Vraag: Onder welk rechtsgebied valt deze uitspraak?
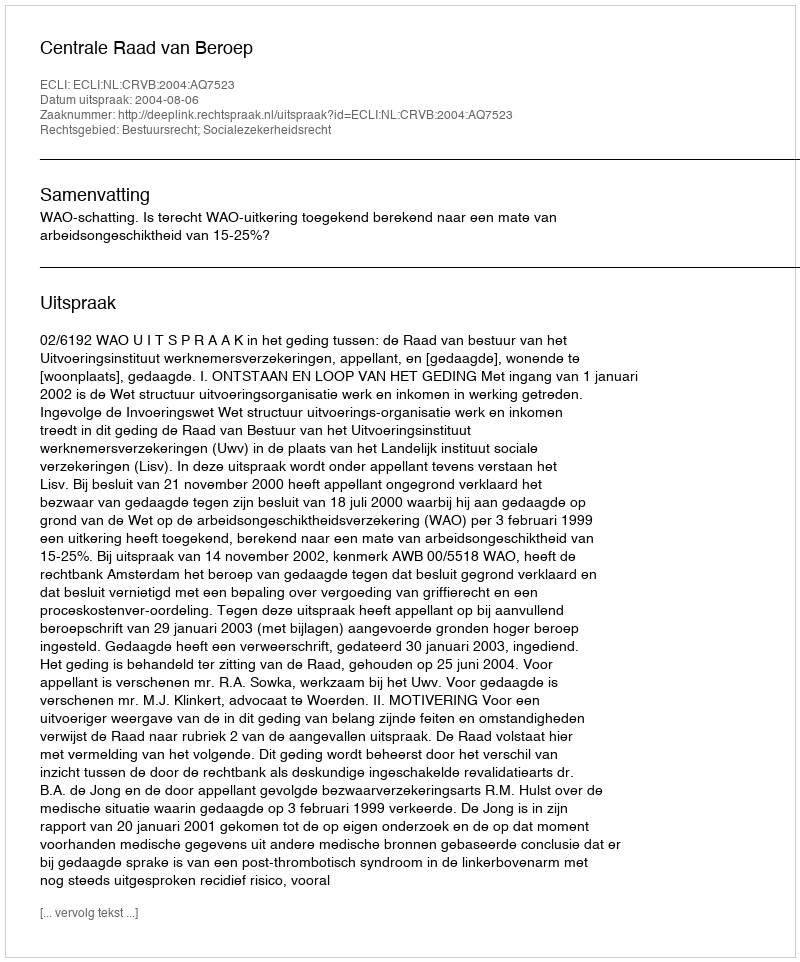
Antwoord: Bestuursrecht; Socialezekerheidsrecht